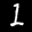
Label: 1